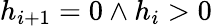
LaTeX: h_{i+1}=0\wedge h_{i}>0